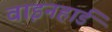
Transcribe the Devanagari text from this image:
वाइनहार्ड